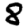
Digit: 8